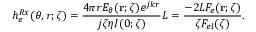
h _ { e } ^ { R x } ( \theta , r ; \zeta ) = \frac { 4 \pi r E _ { \theta } ( { \bf r } ; \zeta ) e ^ { j k r } } { j \zeta \eta I ( 0 ; \zeta ) } L = \frac { - 2 L F _ { e } ( { \bf r } ; \zeta ) } { \zeta F _ { e l } ( \zeta ) } .